Indian journal of veterinary science and animal husbandry - Volumes 24-25, 1954-1955
Year: 1954
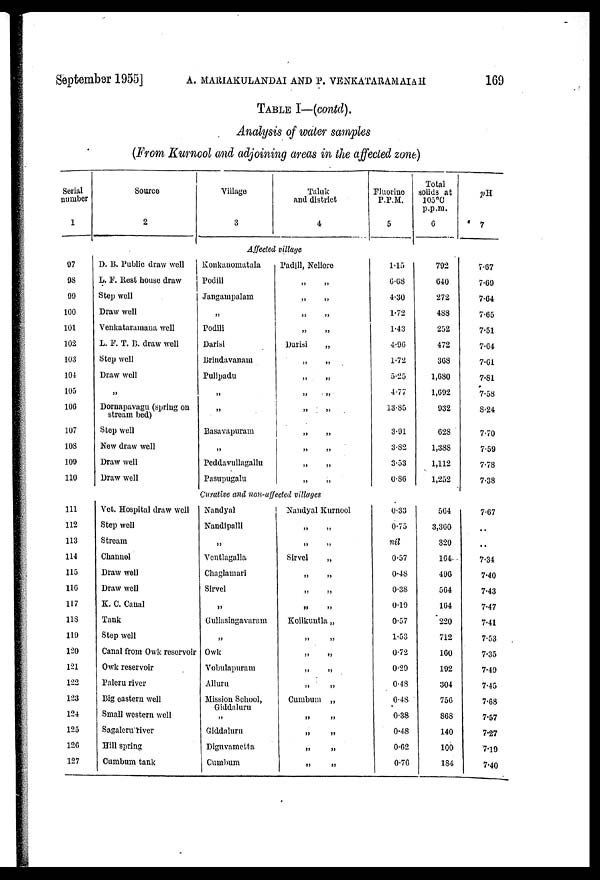
September 1955] MARIAKULANDAI AND P. VENKATARAMAIAH 169
TABLE I—(contd).
Analysis of water samples
(From Kurnool and adjoining areas in the affected zone)
Serial
number
1
Source
2
Village
3
Taluk
and district
4
Fluorine
P.P.M.
5
Total
solids at
105°C
p.p.m.
6
pH
7
Affected village
97
98
99
100
101
102
103
104
105
106
107
108
109
110
D. B. Public draw well
L. F. Rest house draw
Step well
Draw well
Venkataramana well
L. F. T. B. draw well
Step well
Draw well
„
Dornapavagu (spring on
stream bed)
Step well
New draw well
Draw well
Draw well
Konkanomatala
Podili
Jaugampalam
„
Podili
Darisi
Brindavanam
Pulipadu
„
„
Basavapuram
„
Peddavullagallu
Pasupugalu
Padill, Nellore
„ „
„ „
„ „
„ „
Darisi
„
„ „
„ „
„ „
„ „
„ „
„ „
„ „
„ „
1.15
6.68
4.30
1.72
1.43
4.96
1.72
5.25
4.77
13.85
3.91
3.82
3.53
0.86
792
640
272
488
252
472
368
1,680
1,692
932
628
1,388
1,112
1,252
7.67
7.69
7.64
7.65
7.51
7.64
7.61
7.81
7.58
8.24
7.70
7.59
7.78
7.38
Curative and non-affected
villages
111
112
113
114
115
116
117
118
119
120
121
122
123
124
125
126
127
Vet. Hospital draw well
Step well
Stream
Channel
Draw well
Draw well
K. C. Canal
Tank
Step well
Canal from Owk reservoir
Owk reservoir
Paleru river
Big eastern well
Small western well
Sagaleru river
Hill spring
Cumbum tank
Nandyal
Nandipalli
„
Ventlagalla
Chaglamari
Sirvel
„
Gullasingavaram
„
Owk
Vobulapuram
Alluru
Mission School,
Giddaluru
„
Giddaluru
Diguvametta
Cumbum
Nandyal Kurnool
„ „
„ „
Sirvel
„
„ „
„ „
„ „
Koilkuntla „
„ „
„ „
„ „
„ „
Cumbum
„
„ „
„ „
„ „
„ „
0.33
0.75
nil
0.57
0.48
0.38
0.19
0.57
1.53
0.72
0.29
0.48
0.48
0.38
0.48
0.62
0.76
564
3,360
320
164
496
564
164
220
712
160
192
304
756
868
140
100
184
7.67
. .
. .
7.34
7.40
7.43
7.47
7.41
7.53
7.35
7.49
7.45
7.68
7.57
7.27
7.19
7.40